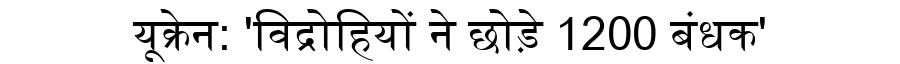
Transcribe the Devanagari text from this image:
यूक्रेन: 'विद्रोहियों ने छोड़े 1200 बंधक'